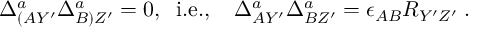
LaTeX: \Delta _ { ( A Y ^ { \prime } } ^ { a } \Delta _ { B ) Z ^ { \prime } } ^ { a } = 0 , \; \; \mathrm { i . e . , } \; \; \; \; \Delta _ { A Y ^ { \prime } } ^ { a } \Delta _ { B Z ^ { \prime } } ^ { a } = \epsilon _ { A B } R _ { Y ^ { \prime } Z ^ { \prime } } \; .